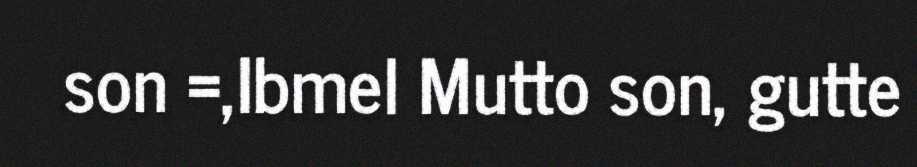
son =,Ibmel Mutto son, gutte